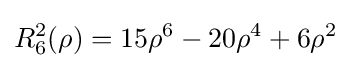
R_{6}^{2}(\rho )=15\rho ^{6}-20\rho ^{4}+6\rho ^{2}